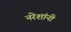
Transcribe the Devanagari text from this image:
नरेशांनी